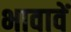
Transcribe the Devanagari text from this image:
भावावें